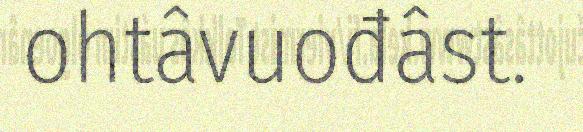
ohtâvuođâst.